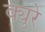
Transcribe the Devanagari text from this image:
क्युरे